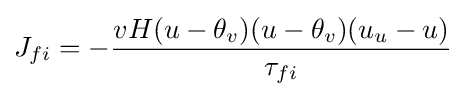
J_{fi}=-{\frac {vH(u-\theta _{v})(u-\theta _{v})(u_{u}-u)}{\tau _{fi}}}